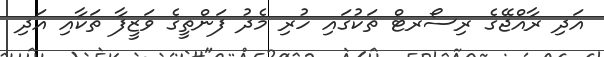
އަދި ރާއްޖޭގެ ރިސޯރޓް ތަކުގައި ހުރި މެދު ފަންތީގެ ވަޒީފާ ތަކާއި އަދި